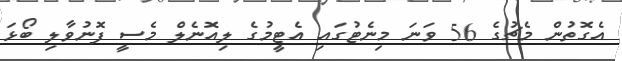
އެގޮތުން މެޗުގެ 56 ވަނަ މިނެޓުގައި އެޓީމުގެ ލިއޮނެލް މެސީ ފޮނުވާލި ބޯޅަ